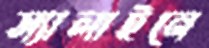
স্যালাইনে